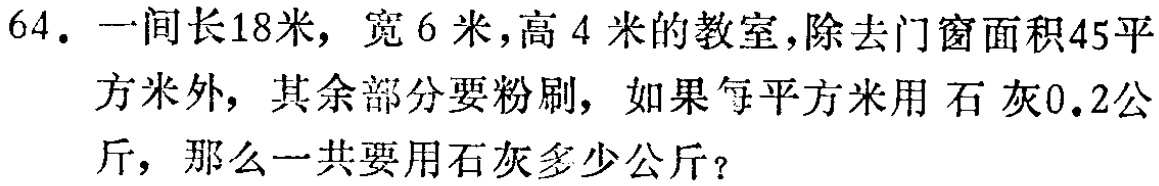
64. 一间长18米，宽6米，高4米的教室，除去门窗面积45平方米外，其余部分要粉刷，如果每平方米用石灰0.2公斤，那么一共要用石灰多少公斤？